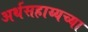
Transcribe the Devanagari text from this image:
अर्थसहाय्यच्या